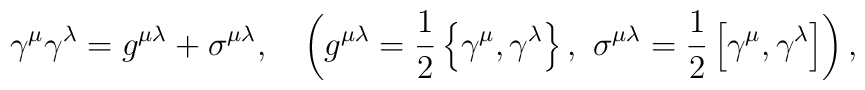
\gamma^\mu\gamma^\lambda=g^{\mu\lambda}+\sigma^{\mu\lambda},\ \ \   \left(g^{\mu\lambda}=\frac{1}{2}\left\{\gamma^\mu,\gamma^\lambda\right\}, \ \sigma^{\mu\lambda}=\frac{1}{2}\left[\gamma^\mu,\gamma^\lambda\right]\right),